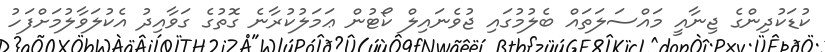
ކުޑަކުދިންގެ ޖިނާއީ މައްސަލަތައް ބެލުމުގައި ޖުވެނައިލް ކޯޓުން ޢަމަލުކުރާނެ ގޮތުގެ ގަވާއިދު އެކުލަވާލުމަށްފަހު